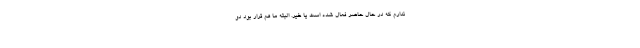
ندارم که در حال حاضر فعال شده است یا خیر. البته ما هم قرار بود دو